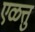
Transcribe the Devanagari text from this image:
एळत्तु